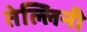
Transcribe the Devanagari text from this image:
तेल्लिनी